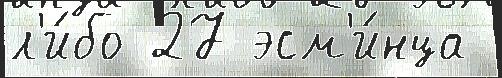
л'и́бо 27 эсм'и́нца